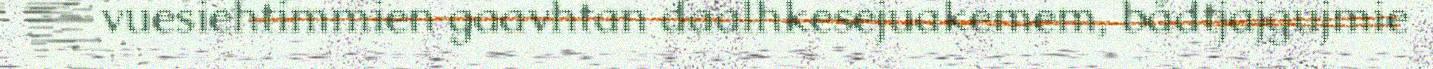
vuesiehtimmien gaavhtan daalhkesejuakemem, bådtjajgujmie